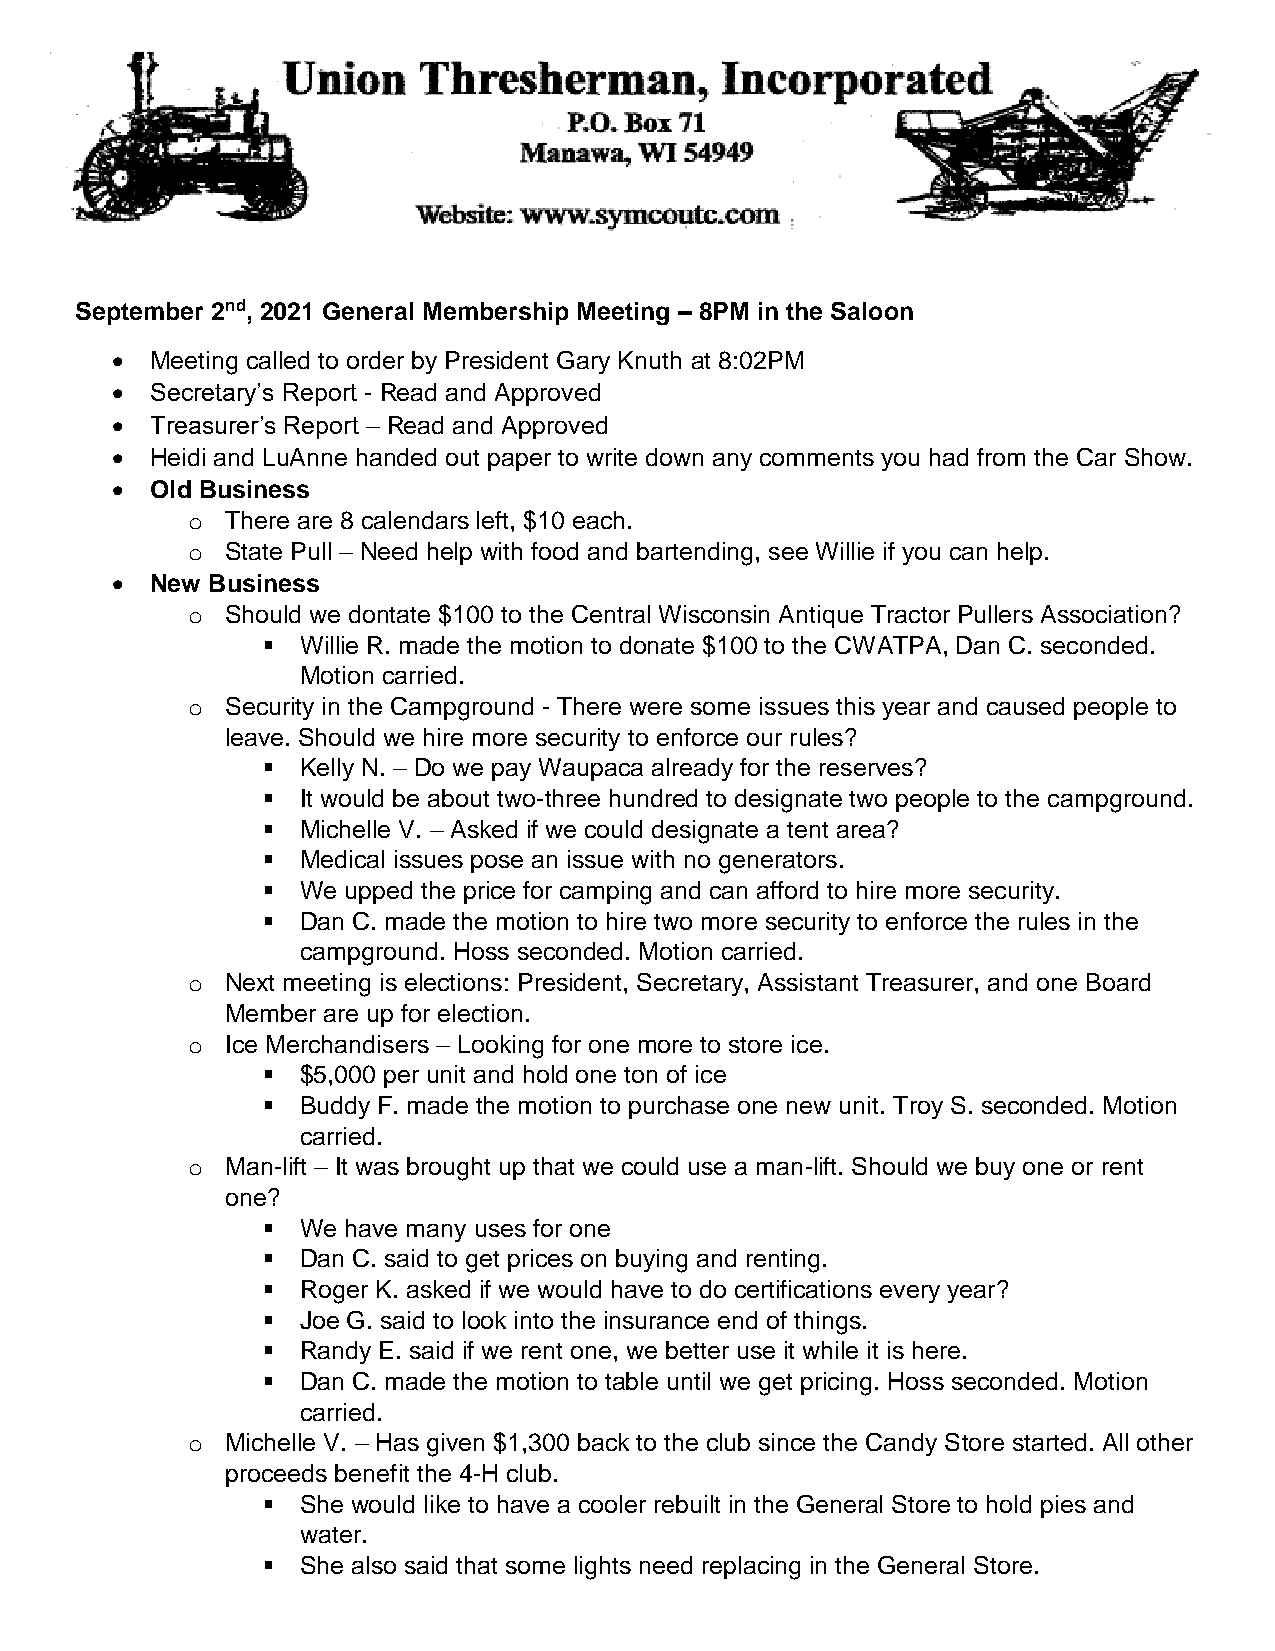
September 2nd, 2021 General Membership Meeting – 8PM in the Saloon
   Meeting called to order by President Gary Knuth at 8:02PM
   Secretary’s Report - Read and Approved
   Treasurer’s Report – Read and Approved
   Heidi and LuAnne handed out paper to write down any comments you had from the Car Show.
   Old Business
 o  There are 8 calendars left, $10 each.
 o  State Pull – Need help with food and bartending, see Willie if you can help.
   New Business
 o  Should we dontate $100 to the Central Wisconsin Antique Tractor Pullers Association?
   Willie R. made the motion to donate $100 to the CWATPA, Dan C. seconded.
 Motion carried.
 o  Security in the Campground - There were some issues this year and caused people to
 leave. Should we hire more security to enforce our rules?
   Kelly N. – Do we pay Waupaca already for the reserves?
   It would be about two-three hundred to designate two people to the campground.
   Michelle V. – Asked if we could designate a tent area?
   Medical issues pose an issue with no generators.
   We upped the price for camping and can afford to hire more security.
   Dan C. made the motion to hire two more security to enforce the rules in the
 campground. Hoss seconded. Motion carried.
 o  Next meeting is elections: President, Secretary, Assistant Treasurer, and one Board
 Member are up for election.
 o  Ice Merchandisers – Looking for one more to store ice.
   $5,000 per unit and hold one ton of ice
   Buddy F. made the motion to purchase one new unit. Troy S. seconded. Motion
 carried.
 o  Man-lift – It was brought up that we could use a man-lift. Should we buy one or rent
 one?
   We have many uses for one
   Dan C. said to get prices on buying and renting.
   Roger K. asked if we would have to do certifications every year?
   Joe G. said to look into the insurance end of things.
   Randy E. said if we rent one, we better use it while it is here.
   Dan C. made the motion to table until we get pricing. Hoss seconded. Motion
 carried.
 o  Michelle V. – Has given $1,300 back to the club since the Candy Store started. All other
 proceeds benefit the 4-H club.
   She would like to have a cooler rebuilt in the General Store to hold pies and
 water.
   She also said that some lights need replacing in the General Store.